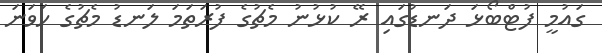
ގައުމީ ފުޓްބޯޅަ ދަނޑުގައި ރޭ ކުޅުނު މެޗުގެ ފުރަތަމަ ލަނޑު މެޗުގެ ހަވަނަ